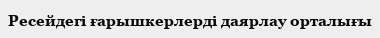
Ресейдегі ғарышкерлерді даярлау орталығы